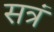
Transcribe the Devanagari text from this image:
सत्रं